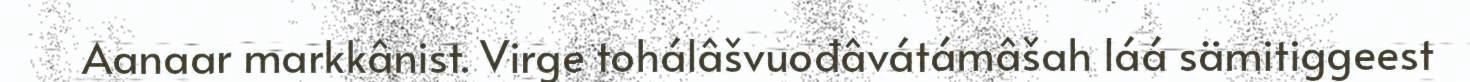
Aanaar markkânist. Virge tohálâšvuođâvátámâšah láá sämitiggeest